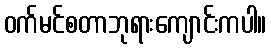
ဝက်မင်စတာဘုရားကျောင်းကပါ။